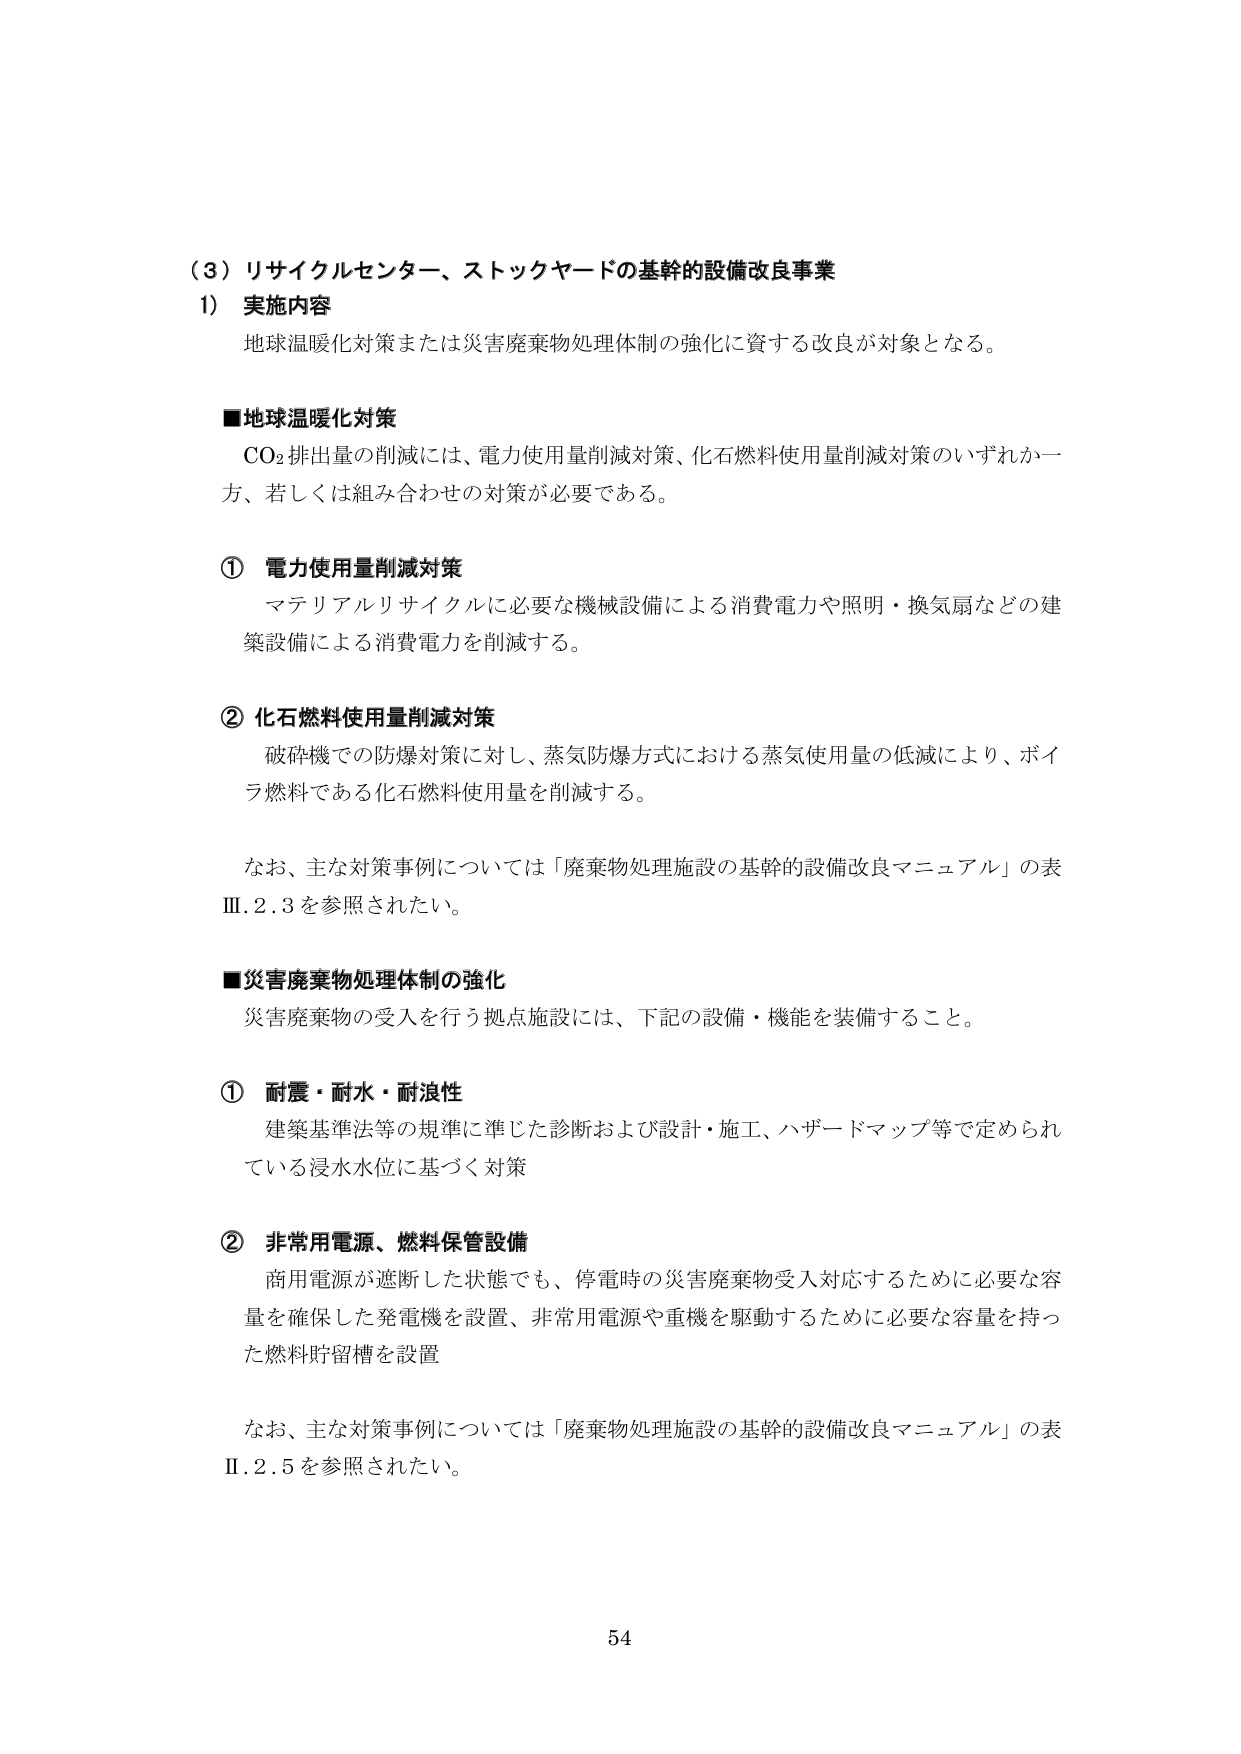
（３）リサイクルセンター、ストックヤードの基幹的設備改良事業
1） 実施内容
地球温暖化対策または災害廃棄物処理体制の強化に資する改良が対象となる。

■地球温暖化対策
CO₂排出量の削減には、電力使用量削減対策、化石燃料使用量削減対策のいずれか一方、若しくは組み合わせの対策が必要である。

① 電力使用量削減対策
マテリアルリサイクルに必要な機械設備による消費電力や照明・換気扇などの建築設備による消費電力を削減する。

② 化石燃料使用量削減対策
破砕機での防爆対策に対し、蒸気防爆方式における蒸気使用量の低減により、ボイラ燃料である化石燃料使用量を削減する。

なお、主な対策事例については「廃棄物処理施設の基幹的設備改良マニュアル」の表Ⅲ.2.3を参照されたい。

■災害廃棄物処理体制の強化
災害廃棄物の受入を行う拠点施設には、下記の設備・機能を装備すること。

① 耐震・耐水・耐浪性
建築基準法等の規準に準じた診断および設計・施工、ハザードマップ等で定められている浸水水位に基づく対策

② 非常用電源、燃料保管設備
商用電源が遮断した状態でも、停電時の災害廃棄物受入対応するために必要な容量を確保した発電機を設置、非常用電源や重機を駆動するために必要な容量を持った燃料貯留槽を設置

なお、主な対策事例については「廃棄物処理施設の基幹的設備改良マニュアル」の表Ⅱ.2.5を参照されたい。

54